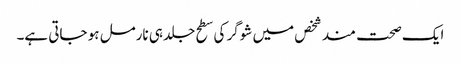
ایک صحت مند شخص میں شوگر کی سطح جلد ہی نارمل ہو جاتی ہے۔